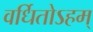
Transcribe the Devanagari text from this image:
वर्धितोऽहम्‌